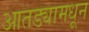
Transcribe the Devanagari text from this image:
आतड्यामधून